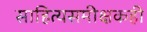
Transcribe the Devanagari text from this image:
साहित्यसमीक्षकही